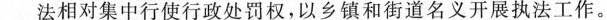
法相对集中行使行政处罚权，以乡镇和街道名义开展执法工作。